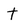
Character: t